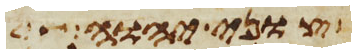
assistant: צוני יהוה